Source: Handwritten
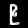
Digit: ၉ (9)